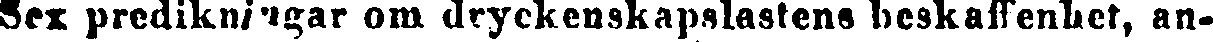
Sex predikningar om dryckenskapslastens beskaffenhet, an-